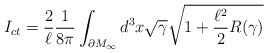
\begin{align*}I_{ct} = \frac{2}{\ell}\frac{1}{8\pi} \int_{\partial M_\infty} d^{3}x\sqrt{\gamma}\sqrt{1 + \frac{\ell^2}{2} R(\gamma)}\end{align*}